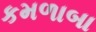
કમળાબા